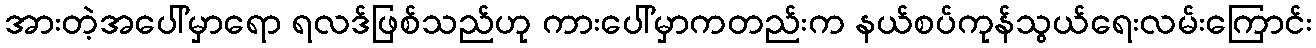
အားတဲ့အပေါ်မှာရော ရလဒ်ဖြစ်သည်ဟု ကားပေါ်မှာကတည်းက နယ်စပ်ကုန်သွယ်ရေးလမ်းကြောင်း